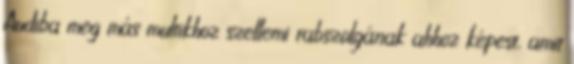
Audiba meg más multikhoz szellemi rabszolgának ahhoz képest, amit